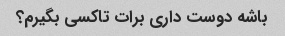
باشه دوست داری برات تاکسی بگیرم؟